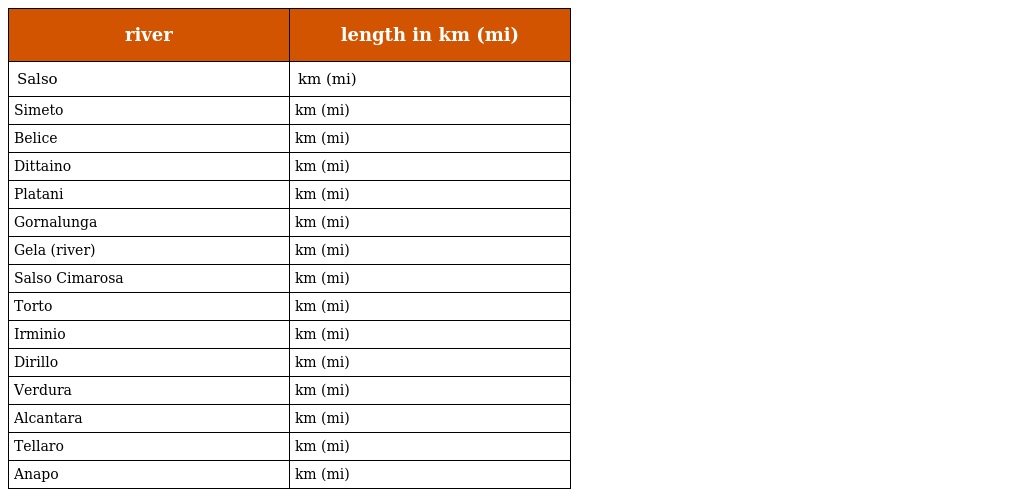
| river | length in km (mi) |
 | --- | --- |
 | Salso | km (mi) |
 | Simeto | km (mi) |
 | Belice | km (mi) |
 | Dittaino | km (mi) |
 | Platani | km (mi) |
 | Gornalunga | km (mi) |
 | Gela (river) | km (mi) |
 | Salso Cimarosa | km (mi) |
 | Torto | km (mi) |
 | Irminio | km (mi) |
 | Dirillo | km (mi) |
 | Verdura | km (mi) |
 | Alcantara | km (mi) |
 | Tellaro | km (mi) |
 | Anapo | km (mi) |